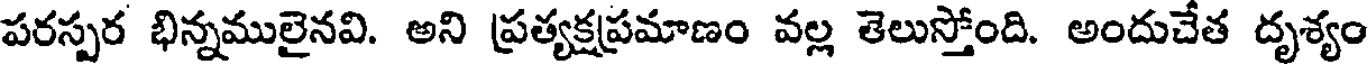
పరస్పర భిన్నములైనవి. అని ప్రత్యక్షప్రమాణం వల్ల తెలుస్తోంది. అందుచేత దృశ్యం